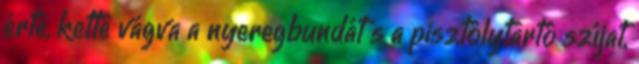
érte, ketté vágva a nyeregbundát s a pisztolytartó szíjat,